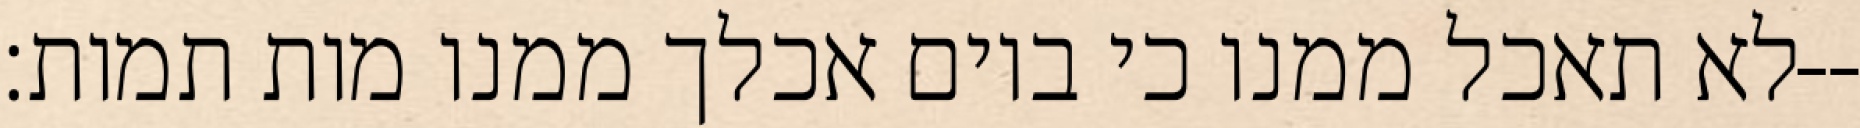
לא תאכל ממנו כי ביום אכלך ממנו מות תמות׃--